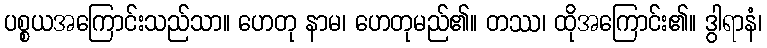
ပစ္စယအကြောင်းသည်သာ။ ဟေတု နာမ၊ ဟေတုမည်၏။ တဿ၊ ထိုအကြောင်း၏။ ဒွါရာနံ၊